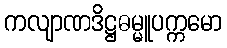
ကလျာဏဒိဋ္ဌဓမ္မူပက္ကမော